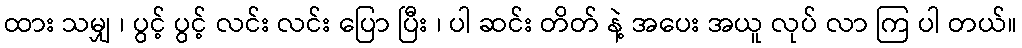
ထား သမျှ ၊ ပွင့် ပွင့် လင်း လင်း ပြော ပြီး ၊ ပါ ဆင်း တိတ် နဲ့ အပေး အယူ လုပ် လာ ကြ ပါ တယ်။